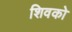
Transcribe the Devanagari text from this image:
शिवको